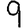
Digit: 9